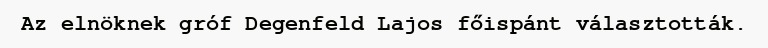
Az elnöknek gróf Degenfeld Lajos főispánt választották.